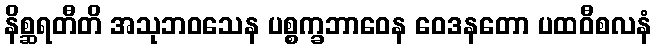
နိစ္ဆရတီတိ အသုဘဝသေန ပစ္စက္ခဘာဝေန ဝေဒနတော ပထဝီစလနံ